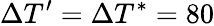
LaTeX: \Delta T^{\prime}=\Delta T^{*}=80